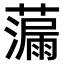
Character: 𫊁